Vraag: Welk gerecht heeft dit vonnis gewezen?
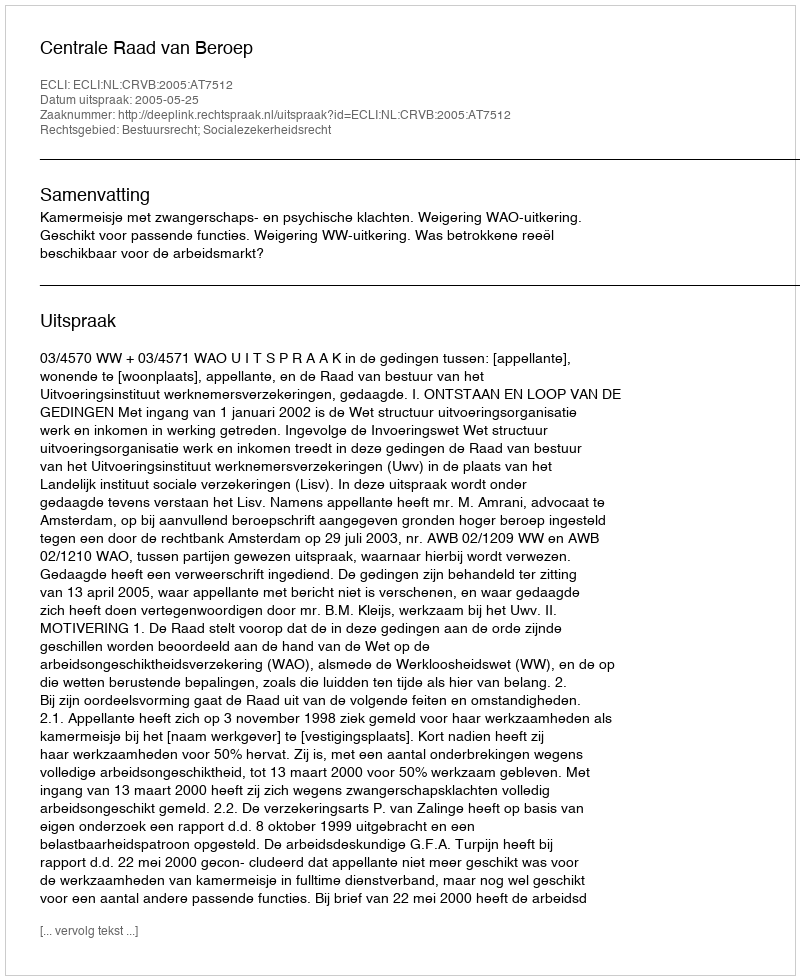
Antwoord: Centrale Raad van Beroep